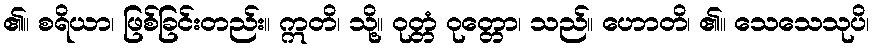
၏။ စရိယာ၊ ဖြစ်ခြင်းတည်း။ ဣတိ၊ သို့။ ဝုတ္တံ ဝုတ္တော၊ သည်။ ဟောတိ၊ ၏။ သေသေသုပိ၊